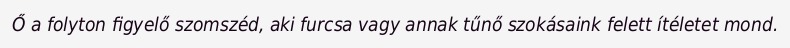
Ő a folyton figyelő szomszéd, aki furcsa vagy annak tűnő szokásaink felett ítéletet mond.